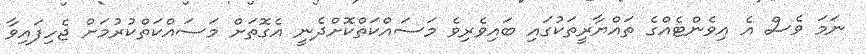
ނަމަ ވެސް އެ އިވެންޓެއްގެ ތައްޔާރީތަކުގައި ބައިވެރިވެ މަސައްކަތްކޮށްދެނީ އެގޮތަށް މަސައްކަތްކުރުމަށް ޖެހިފައިވާ